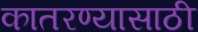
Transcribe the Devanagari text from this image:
कातरण्यासाठी